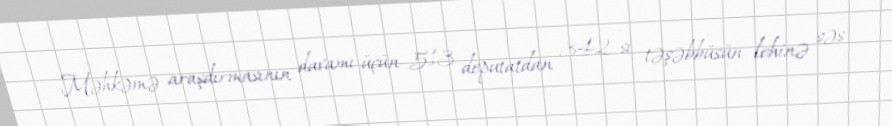
Məhkəmə araşdırmasının davamı üçün 513 deputatdan 342-si təşəbbüsün lehinə səs